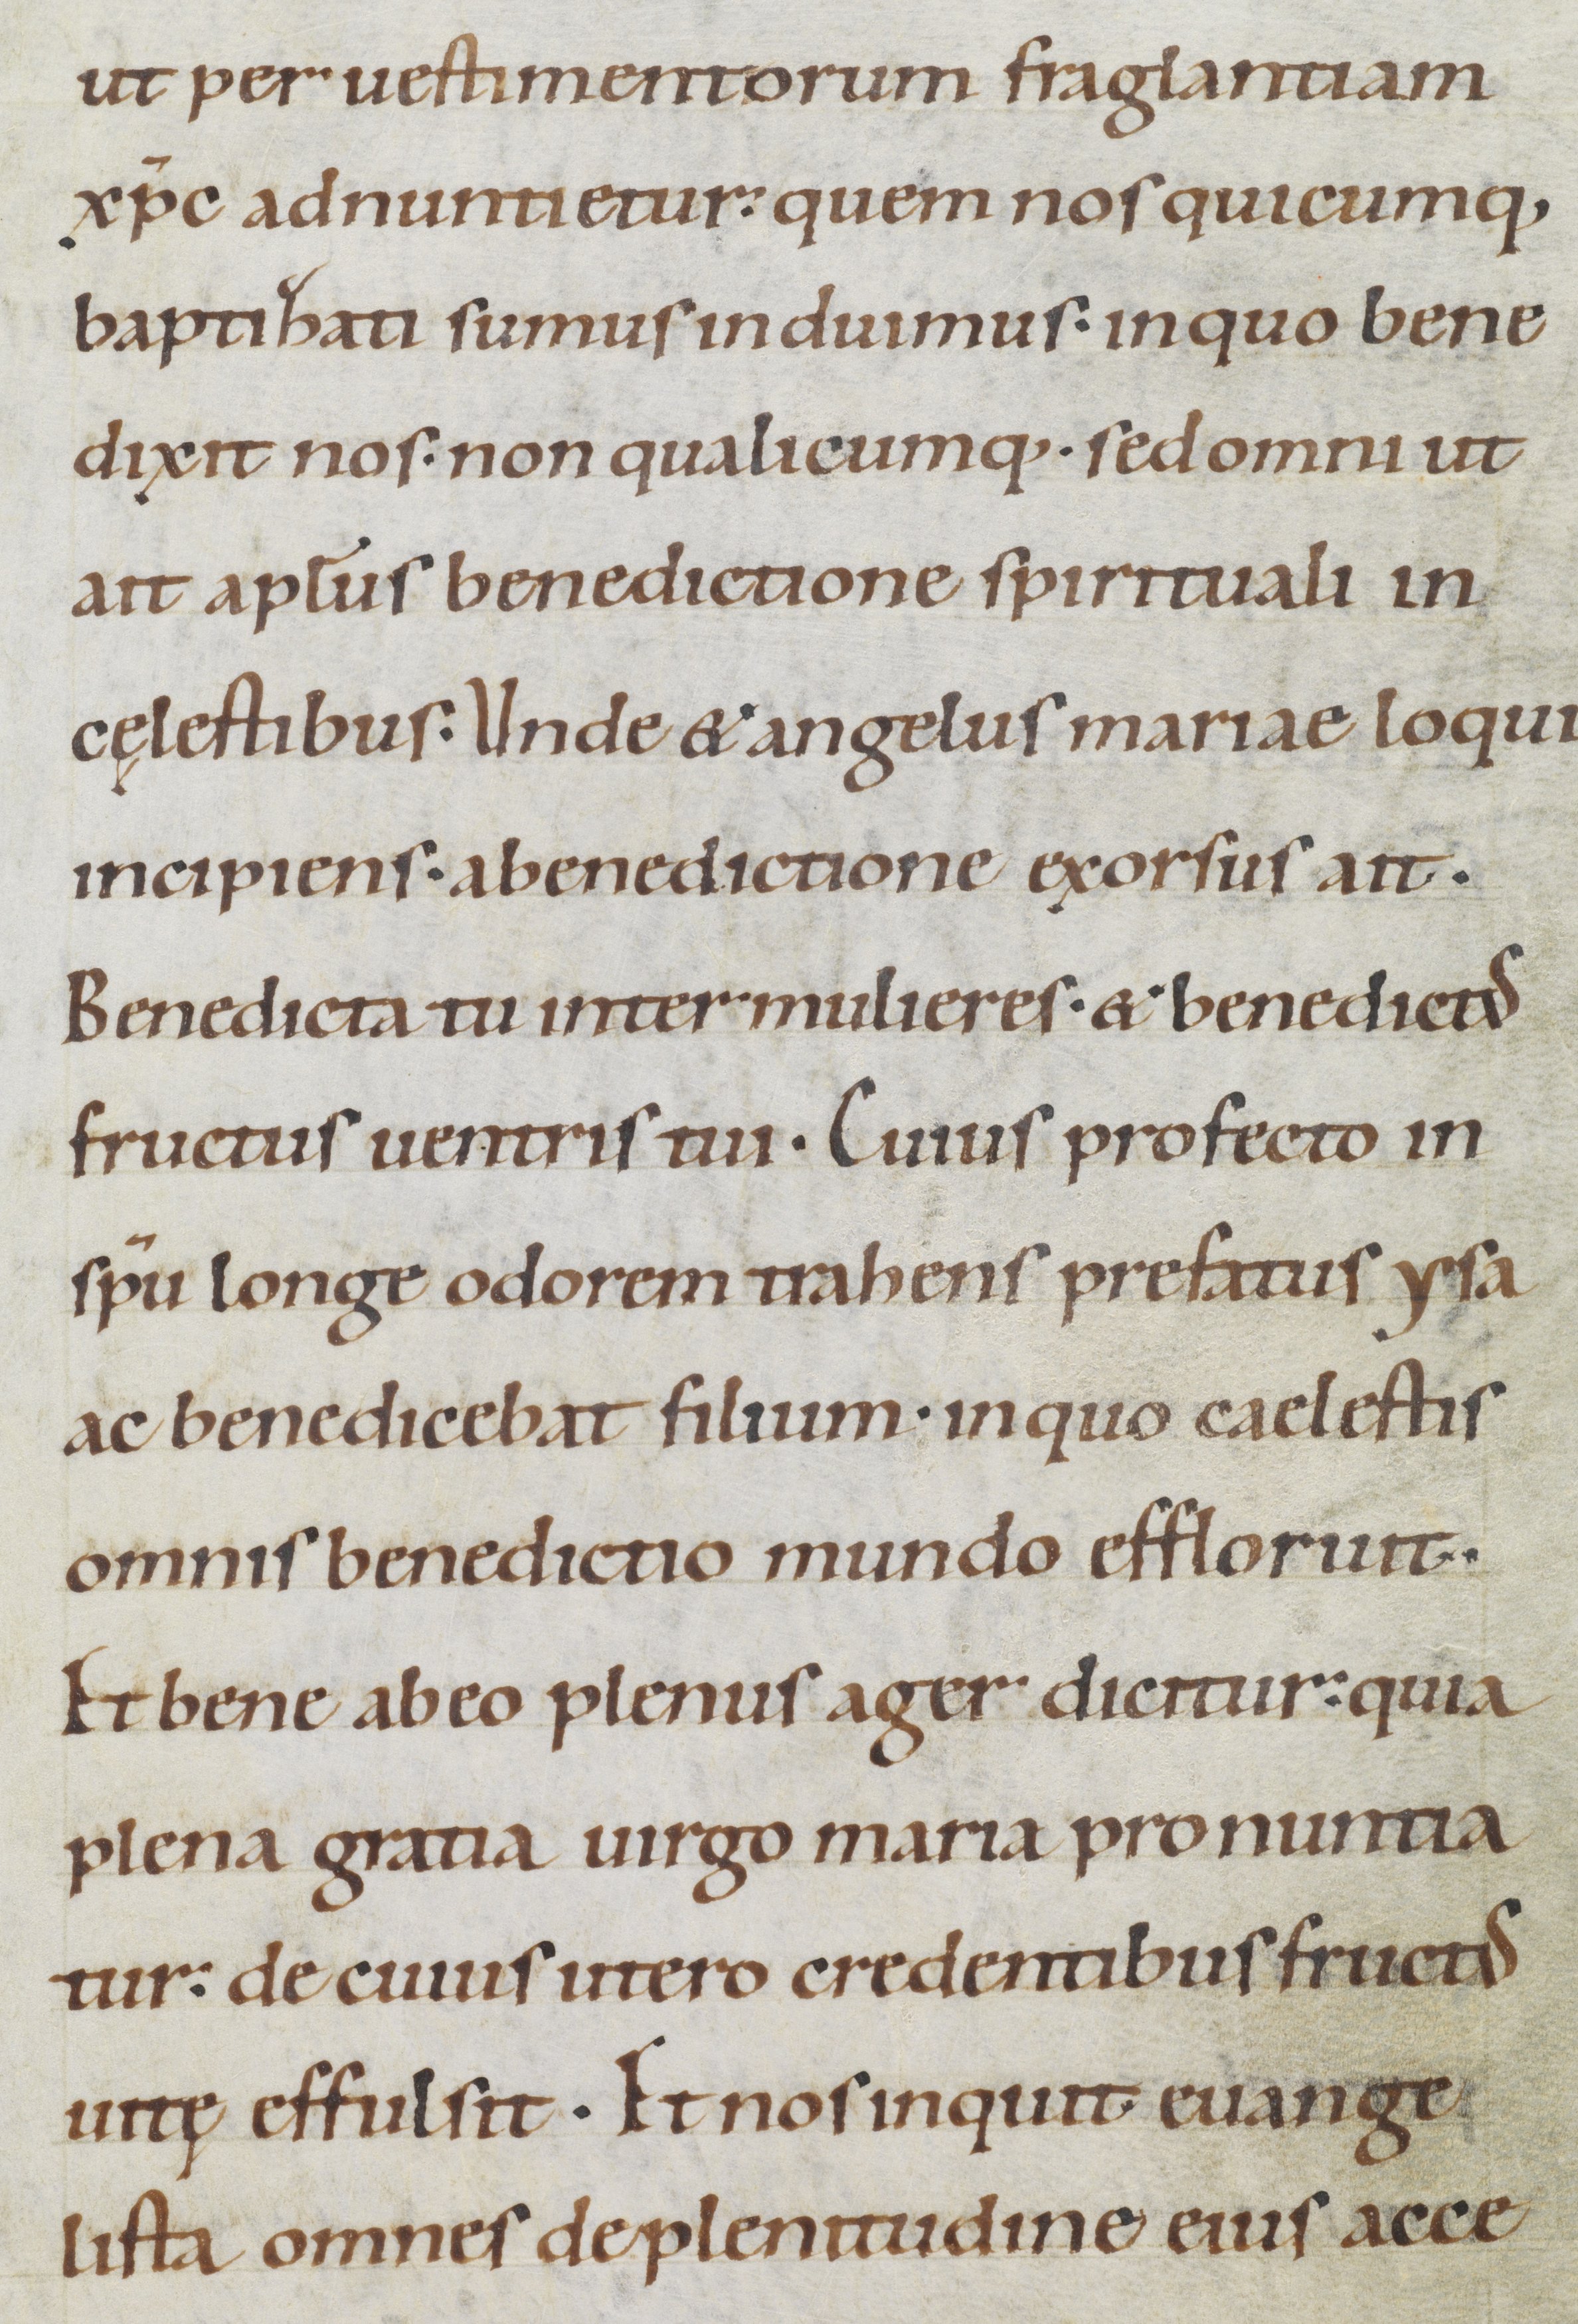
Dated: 1100–1199